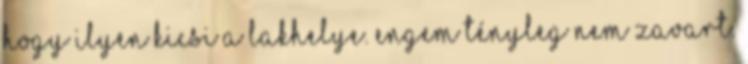
hogy ilyen kicsi a lakhelye. Engem tényleg nem zavart.